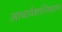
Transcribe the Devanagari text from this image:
आचार्यशान्तिसागर